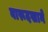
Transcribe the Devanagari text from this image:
बारूदखाने